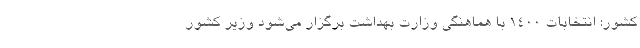
کشور: انتخابات ۱۴۰۰ با هماهنگی‌ وزارت بهداشت برگزار می‌شود وزیر کشور